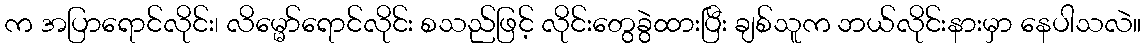
က အပြာရောင်လိုင်း၊ လိမ္မော်ရောင်လိုင်း စသည်ဖြင့် လိုင်းတွေခွဲထားပြီး ချစ်သူက ဘယ်လိုင်းနားမှာ နေပါသလဲ။